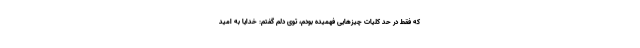
که فقط در حد کلیات چیزهایی فهمیده بودم، توی دلم گفتم: خدایا به امید